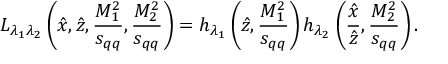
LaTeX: { \cal L } _ { \lambda _ { 1 } \lambda _ { 2 } } \left( \hat { x } , \hat { z } , \frac { M _ { 1 } ^ { 2 } } { s _ { q q } } , \frac { M _ { 2 } ^ { 2 } } { s _ { q q } } \right) = h _ { \lambda _ { 1 } } \left( \hat { z } , \frac { M _ { 1 } ^ { 2 } } { s _ { q q } } \right) h _ { \lambda _ { 2 } } \left( \frac { \hat { x } } { \hat { z } } , \frac { M _ { 2 } ^ { 2 } } { s _ { q q } } \right) .